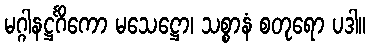
မဂ္ဂါနဋ္ဌင်္ဂိကော မသေဋ္ဌော၊ သစ္စာနံ စတုရော ပဒါ။